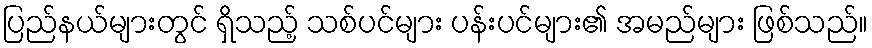
ပြည်နယ်များတွင် ရှိသည့် သစ်ပင်များ ပန်းပင်များ၏ အမည်များ ဖြစ်သည်။